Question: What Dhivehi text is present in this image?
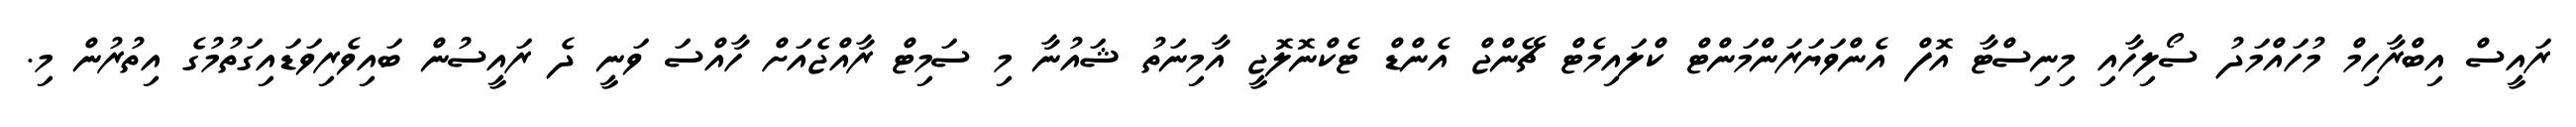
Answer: ރައީސް އިބްރާހިމް މުހައްމަދު ސޯލިހާއި މިނިސްޓާ އޮފް އެންވަޔަރަންމަންޓް ކްލައިމެޓް ޗޭންޖް އެންޑް ޓެކްނޮލޮޖީ އާމިނަތު ޝައުނާ މި ސަމިޓް ރާއްޖެއަށް ހާއްސަ ވަނީ ދެ ރައީސުން ބައިވެރިވަޑައިގަތުމުގެ އިތުރުން މި.